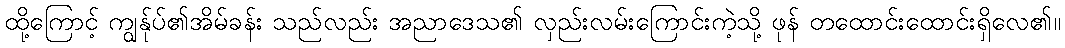
ထို့ကြောင့် ကျွန်ုပ်၏အိမ်ခန်း သည်လည်း အညာဒေသ၏ လှည်းလမ်းကြောင်းကဲ့သို့ ဖုန် တထောင်းထောင်းရှိလေ၏။